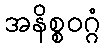
အနိစ္စဝဂ္ဂံ